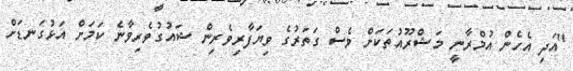
"އަދި އެހެން އުމްރާނީ މަޝްރޫއުތަކަށް ވެސް ގަތަރުގެ ވިޔަފާރިވެރިން ޝައުގުވެރިވާނެ ކަމަށް އަޅުގަނޑަށް